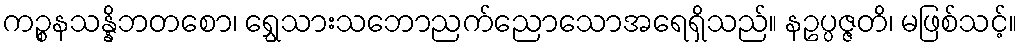
ကဉ္စနသန္နိဘတစော၊ ရွှေသားသဘောညက်ညောသောအရေရှိသည်။ နဥပ္ပဇ္ဇတိ၊ မဖြစ်သင့်။